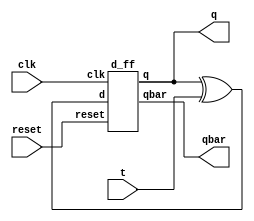
module t_using_d(input clk,reset,t,output q,qbar);
wire w1;
assign w1 = q^t;
d_ff dut(clk,reset,w1,q,qbar);
endmodule 

module d_ff(input clk,reset,d,output reg q,output qbar);
always @(posedge clk) begin
if(!reset) begin
  q <= d;
end
else 
  q <= 0;
end
assign qbar = ~q;
endmodule